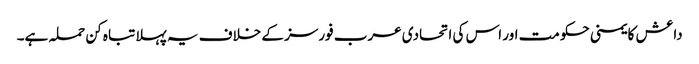
داعش کا یمنی حکومت اور اس کی اتحادی عرب فورسز کے خلاف یہ پہلا تباہ کن حملہ ہے۔